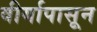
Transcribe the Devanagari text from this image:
वीर्यापासून